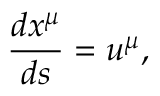
\frac { d x ^ { \mu } } { d s } = u ^ { \mu } ,